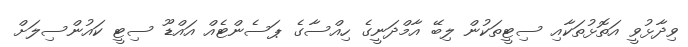
ވިދާޅުވީ އަތޮޅުތަކާއި ސިޓީތަކުން ލިބޭ އާމްދަނީގެ ހިއްސާގެ ޕަސެންޓެއް އައްޑޫ ސިޓީ ކައުންސިލަށް